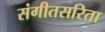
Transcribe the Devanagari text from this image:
संगीतसरिता